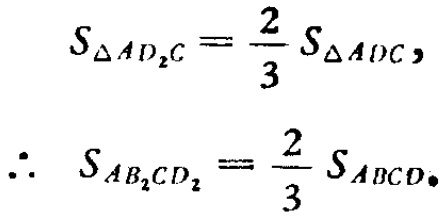
\[
S_{\triangle AD_{2}C}=\frac{2}{3}S_{\triangle ADC},
\]
\[
\therefore\ S_{AB_{2}CD_{2}}=\frac{2}{3}S_{ABCD}.
\]